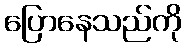
ပြောနေသည်ကို